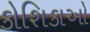
કોશિકાઓ